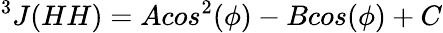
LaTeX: ^3J(HH)=Acos^{2}(\phi)-Bcos(\phi)+C